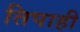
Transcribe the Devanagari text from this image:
तिपाही